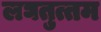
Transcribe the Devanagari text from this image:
लघतुत्तम